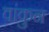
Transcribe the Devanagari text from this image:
वांकुन